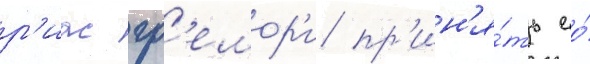
р'иас гр'емор'и пр'ин'я́ть ео́